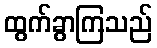
ထွက်ခွာကြသည်